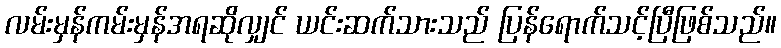
လမ်းမှန်ကမ်းမှန်အရဆိုလျှင် ယင်းဆက်သားသည် ပြန်ရောက်သင့်ပြီဖြစ်သည်။